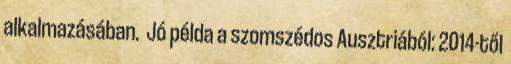
alkalmazásában. Jó példa a szomszédos Ausztriából: 2014-től